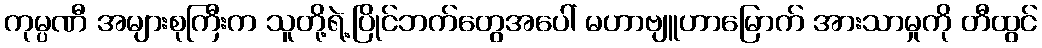
ကုမ္ပဏီ အများစုကြီးက သူတို့ရဲ့ပြိုင်ဘက်တွေအပေါ် မဟာဗျူဟာမြောက် အားသာမှုကို တီထွင်